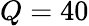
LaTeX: Q=40